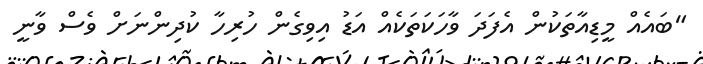
"ބައެއް މީޑިއާތަކުން އެފަދަ ވާހަކަތަކެއް އަޑު އިވިގެން ހުރިހާ ކުދިންނަށް ވެސް ވާނީ